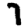
Digit: 7